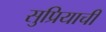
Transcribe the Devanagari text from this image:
सुप्रियाची